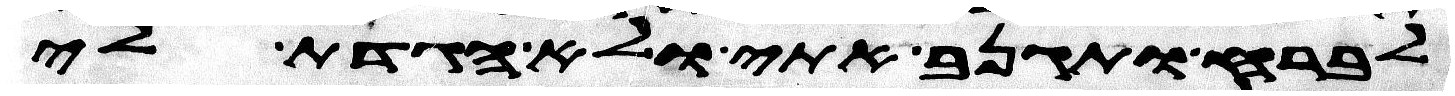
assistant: לברח ותגנב אתי ולא הגדת לי